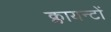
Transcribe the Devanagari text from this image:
क्लायन्टों